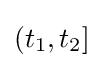
(t_{1},t_{2}]